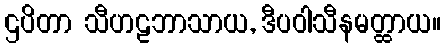
ဌပိတာ သီဟဠဘာသာယ, ဒီပဝါသီနမတ္ထာယ။